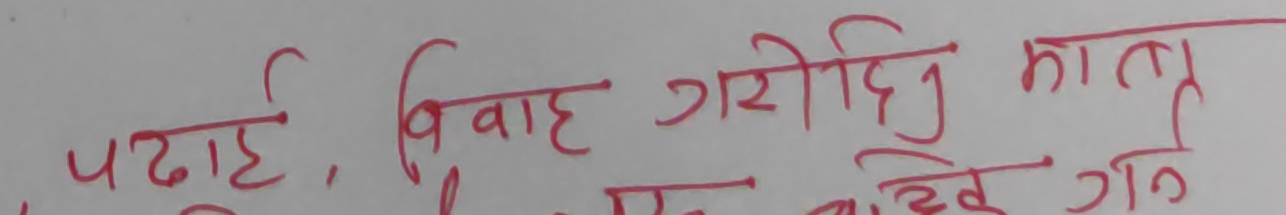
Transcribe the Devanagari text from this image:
पढाई, विवाह गरीदिँदा कानु